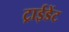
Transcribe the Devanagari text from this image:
ट्राईडेंट